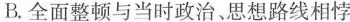
B.全面整顿与当时政治、思想路线相悖